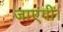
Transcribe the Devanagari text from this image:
जाएंगीं।